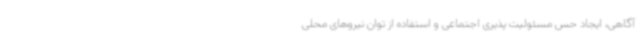
آگاهی، ایجاد حس مسئولیت پذیری اجتماعی و استفاده از توان نیروهای محلی